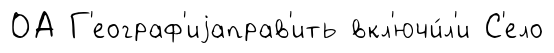
ОА Г'еограф'иjаправ'ить вкл'ючи́л'и С'ело